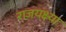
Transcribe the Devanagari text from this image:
राजयक्ष्या